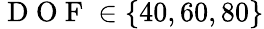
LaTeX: \mathrm{~D~O~F~}\in\{ 40,60,80\}